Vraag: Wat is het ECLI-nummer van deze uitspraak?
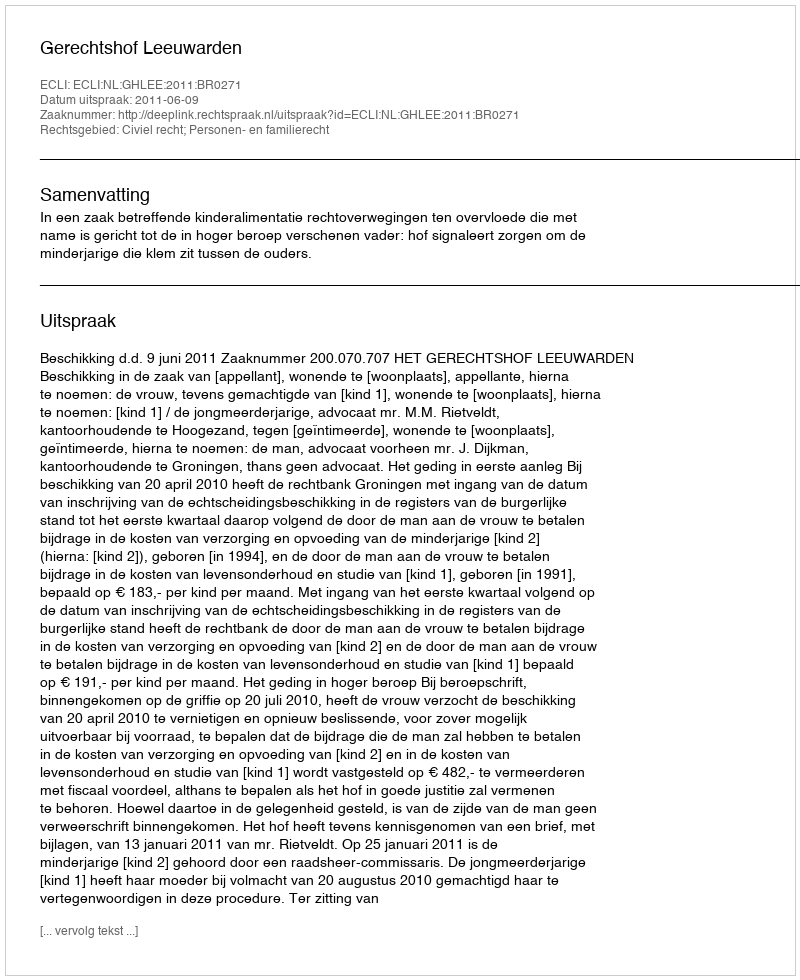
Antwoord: ECLI:NL:GHLEE:2011:BR0271